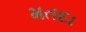
મતદા